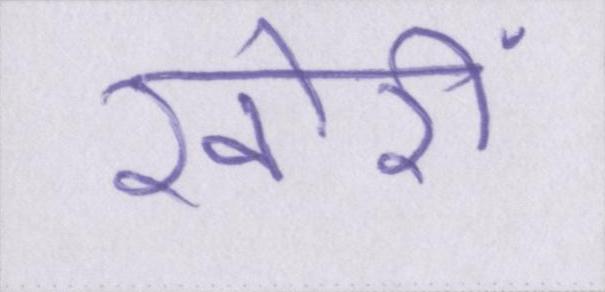
खोरी